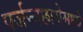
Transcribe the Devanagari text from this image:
पर्जन्यछायेमध्ये